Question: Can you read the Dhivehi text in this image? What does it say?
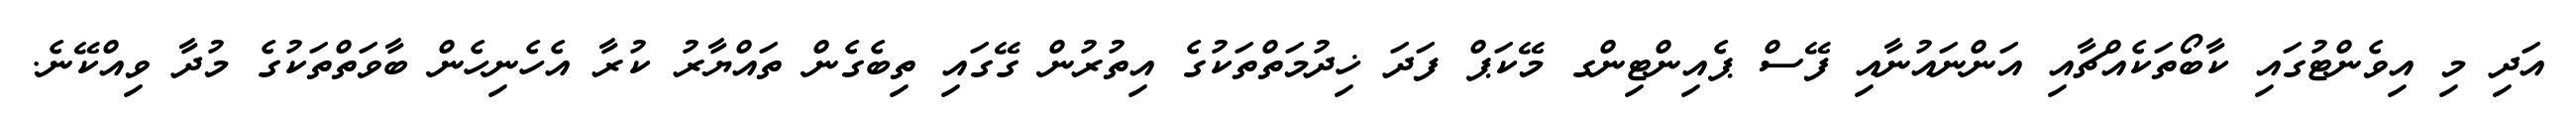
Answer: އަދި މި އިވެންޓުގައި ކާބޯތަކެއްޗާއި އަންނައުނާއި ފޭސް ޕެއިންޓިންގ މޭކަޕް ފަދަ ޚިދުމަތްތަކުގެ އިތުރުން ގޭގައި ތިބެގެން ތައްޔާރު ކުރާ އެހެނިހެން ބާވަތްތަކުގެ މުދާ ވިއްކޭނެ.